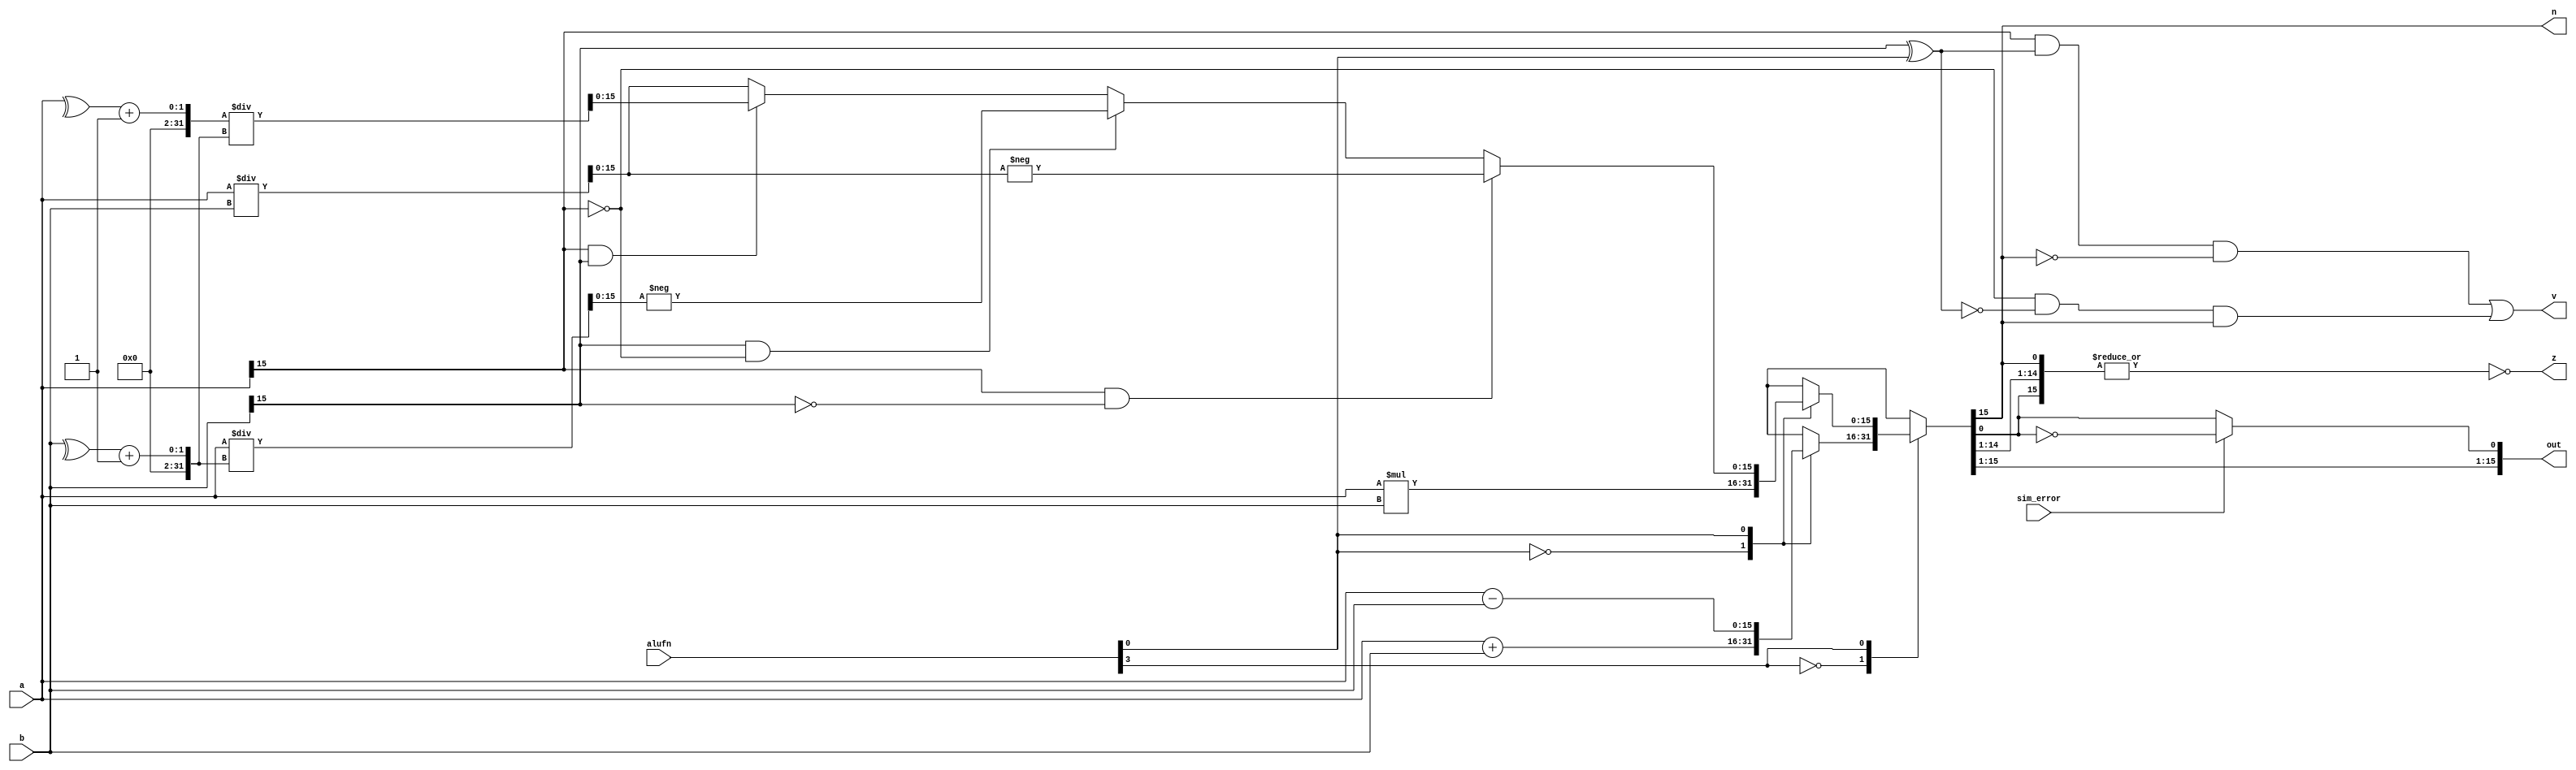
/*
   This file was generated automatically by Alchitry Labs version 1.2.7.
   Do not edit this file directly. Instead edit the original Lucid source.
   This is a temporary file and any changes made to it will be destroyed.
*/

module adder_16_8 (
    input [15:0] a,
    input [15:0] b,
    input [5:0] alufn,
    input [0:0] sim_error,
    output reg [15:0] out,
    output reg [0:0] z,
    output reg [0:0] v,
    output reg [0:0] n
  );
  
  
  
  reg [15:0] s;
  
  reg [0:0] alufn0;
  
  reg [31:0] extended_a;
  
  reg [31:0] extended_b;
  
  reg [31:0] muldiv_extended;
  
  always @* begin
    s = 16'h0000;
    alufn0 = alufn[0+0-:1];
    extended_a = 32'h00000000;
    extended_b = 32'h00000000;
    muldiv_extended = 32'h00000000;
    
    case (alufn[3+0-:1])
      1'h0: begin
        
        case (alufn[0+0-:1])
          1'h0: begin
            s = a + b;
          end
          1'h1: begin
            s = a - b;
          end
          default: begin
            s = 16'h0000;
          end
        endcase
      end
      1'h1: begin
        extended_a[0+15-:16] = a;
        extended_b[0+15-:16] = b;
        
        case (alufn[0+0-:1])
          1'h0: begin
            muldiv_extended = extended_a * extended_b;
            s = muldiv_extended[0+15-:16];
          end
          1'h1: begin
            if (a[15+0-:1] == 1'h1 && b[15+0-:1] == 1'h0) begin
              muldiv_extended = extended_a / extended_b;
              s = muldiv_extended[0+15-:16];
              s = -s;
            end else begin
              if (b[15+0-:1] == 1'h1 && a[15+0-:1] == 1'h0) begin
                extended_b[0+15-:16] = (^b);
                extended_b = extended_b + 1'h1;
                muldiv_extended = extended_a / extended_b;
                s = muldiv_extended[0+15-:16];
                s = -s;
              end else begin
                if (a[15+0-:1] == 1'h1 && b[15+0-:1] == 1'h1) begin
                  extended_a[0+15-:16] = (^a);
                  extended_a = extended_a + 1'h1;
                  extended_b[0+15-:16] = (^b);
                  extended_b = extended_b + 1'h1;
                  muldiv_extended = extended_a / extended_b;
                  s = muldiv_extended[0+15-:16];
                end else begin
                  muldiv_extended = extended_a / extended_b;
                  s = muldiv_extended[0+15-:16];
                end
              end
            end
          end
          default: begin
            s = 16'h0000;
          end
        endcase
      end
      default: begin
        s = 16'h0000;
      end
    endcase
    z = ~(|s);
    v = (a[15+0-:1] & (b[15+0-:1] ^ alufn0) & ~s[15+0-:1]) | (~a[15+0-:1] & ~(b[15+0-:1] ^ alufn0) & s[15+0-:1]);
    n = s[15+0-:1];
    if (sim_error == 1'h0) begin
      out = s;
    end else begin
      s[0+0-:1] = !s[0+0-:1];
      out = s;
    end
  end
endmodule